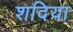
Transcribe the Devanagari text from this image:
शदिया